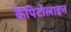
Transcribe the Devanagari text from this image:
कैपिटोलाइन